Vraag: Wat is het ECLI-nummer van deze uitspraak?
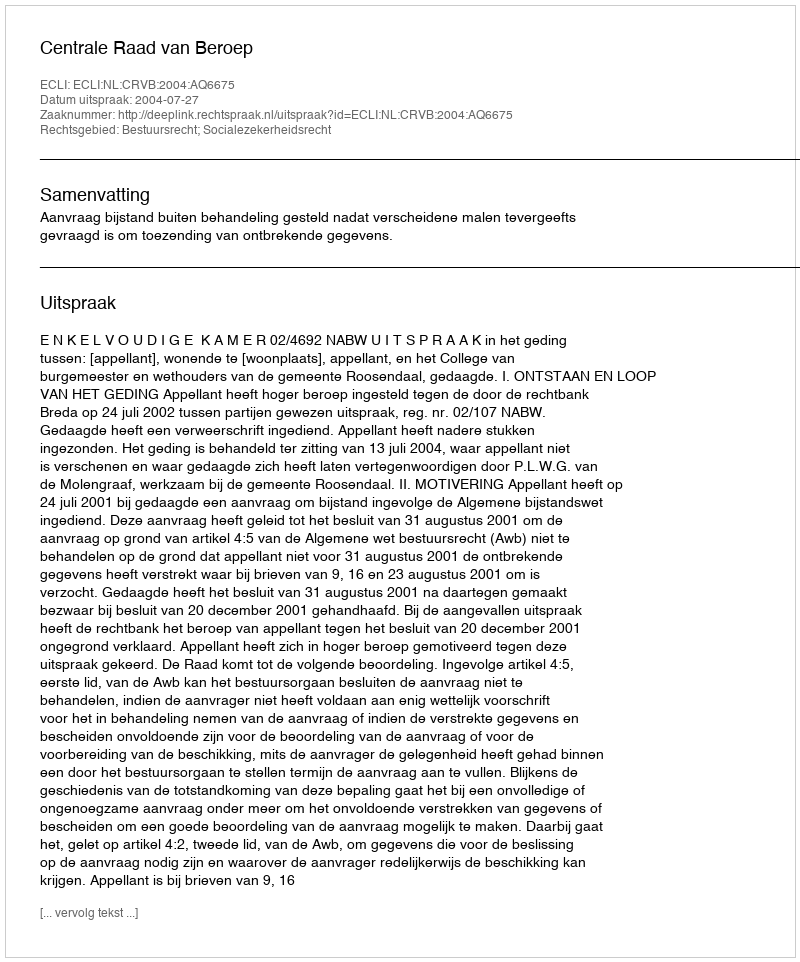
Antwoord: ECLI:NL:CRVB:2004:AQ6675